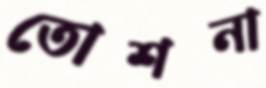
তোশনা